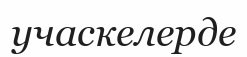
учаскелерде